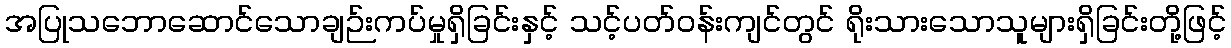
အပြုသဘောဆောင်သောချဉ်းကပ်မှုရှိခြင်းနှင့် သင့်ပတ်ဝန်းကျင်တွင် ရိုးသားသောသူများရှိခြင်းတို့ဖြင့်